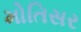
મોતિસર